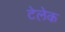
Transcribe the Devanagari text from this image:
टेलेक